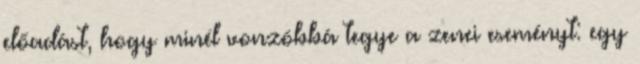
előadást, hogy minél vonzóbbá tegye a zenei eseményt: egy